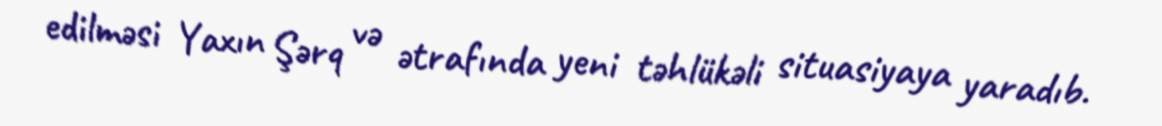
edilməsi Yaxın Şərq və ətrafında yeni təhlükəli situasiyaya yaradıb.